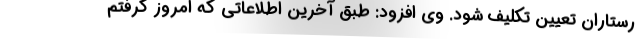
رستاران تعیین تکلیف شود. وی افزود: طبق آخرین اطلاعاتی که امروز گرفتم